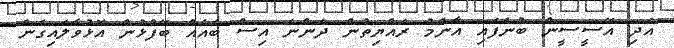
އަދި އޭސީސީން ބުނެފައި އާންމު ރައްޔިތުން ދަންނަ އިސް ބައެއް ބޭފުޅުން އޮޅުވާލައިގެން